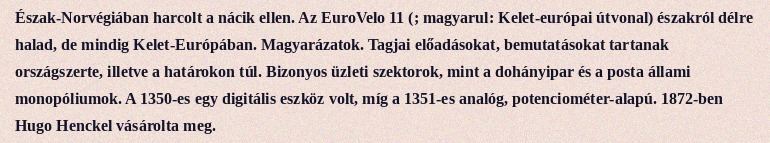
Észak-Norvégiában harcolt a nácik ellen. Az EuroVelo 11 (; magyarul: Kelet-európai útvonal) északról délre halad, de mindig Kelet-Európában. Magyarázatok. Tagjai előadásokat, bemutatásokat tartanak országszerte, illetve a határokon túl. Bizonyos üzleti szektorok, mint a dohányipar és a posta állami monopóliumok. A 1350-es egy digitális eszköz volt, míg a 1351-es analóg, potenciométer-alapú. 1872-ben Hugo Henckel vásárolta meg.